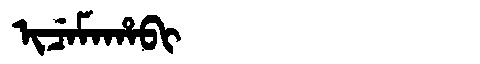
Manchu: ᡳᠴᡝᠮᠠᡥᠠᠪᡳ
Romanization: ICEMAHABI